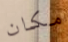
مكان